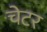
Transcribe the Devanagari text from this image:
चेटर